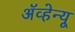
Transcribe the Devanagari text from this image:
अॅव्हेन्यू